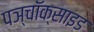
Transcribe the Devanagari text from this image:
पञ्चॉक्साइड